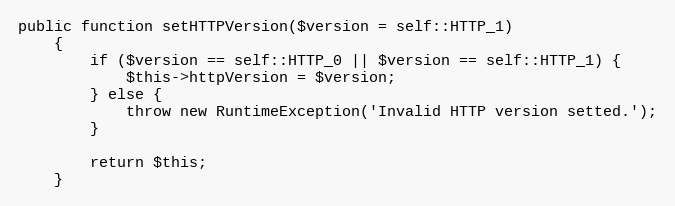
Language: PHP
public function setHTTPVersion($version = self::HTTP_1)
	{
		if ($version == self::HTTP_0 || $version == self::HTTP_1) {
			$this->httpVersion = $version;
		} else {
			throw new RuntimeException('Invalid HTTP version setted.');
		}

		return $this;
	}